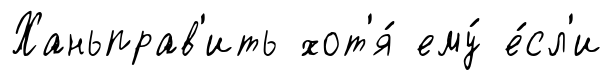
Ханьправ'ить хот'я́ ему́ е́сл'и